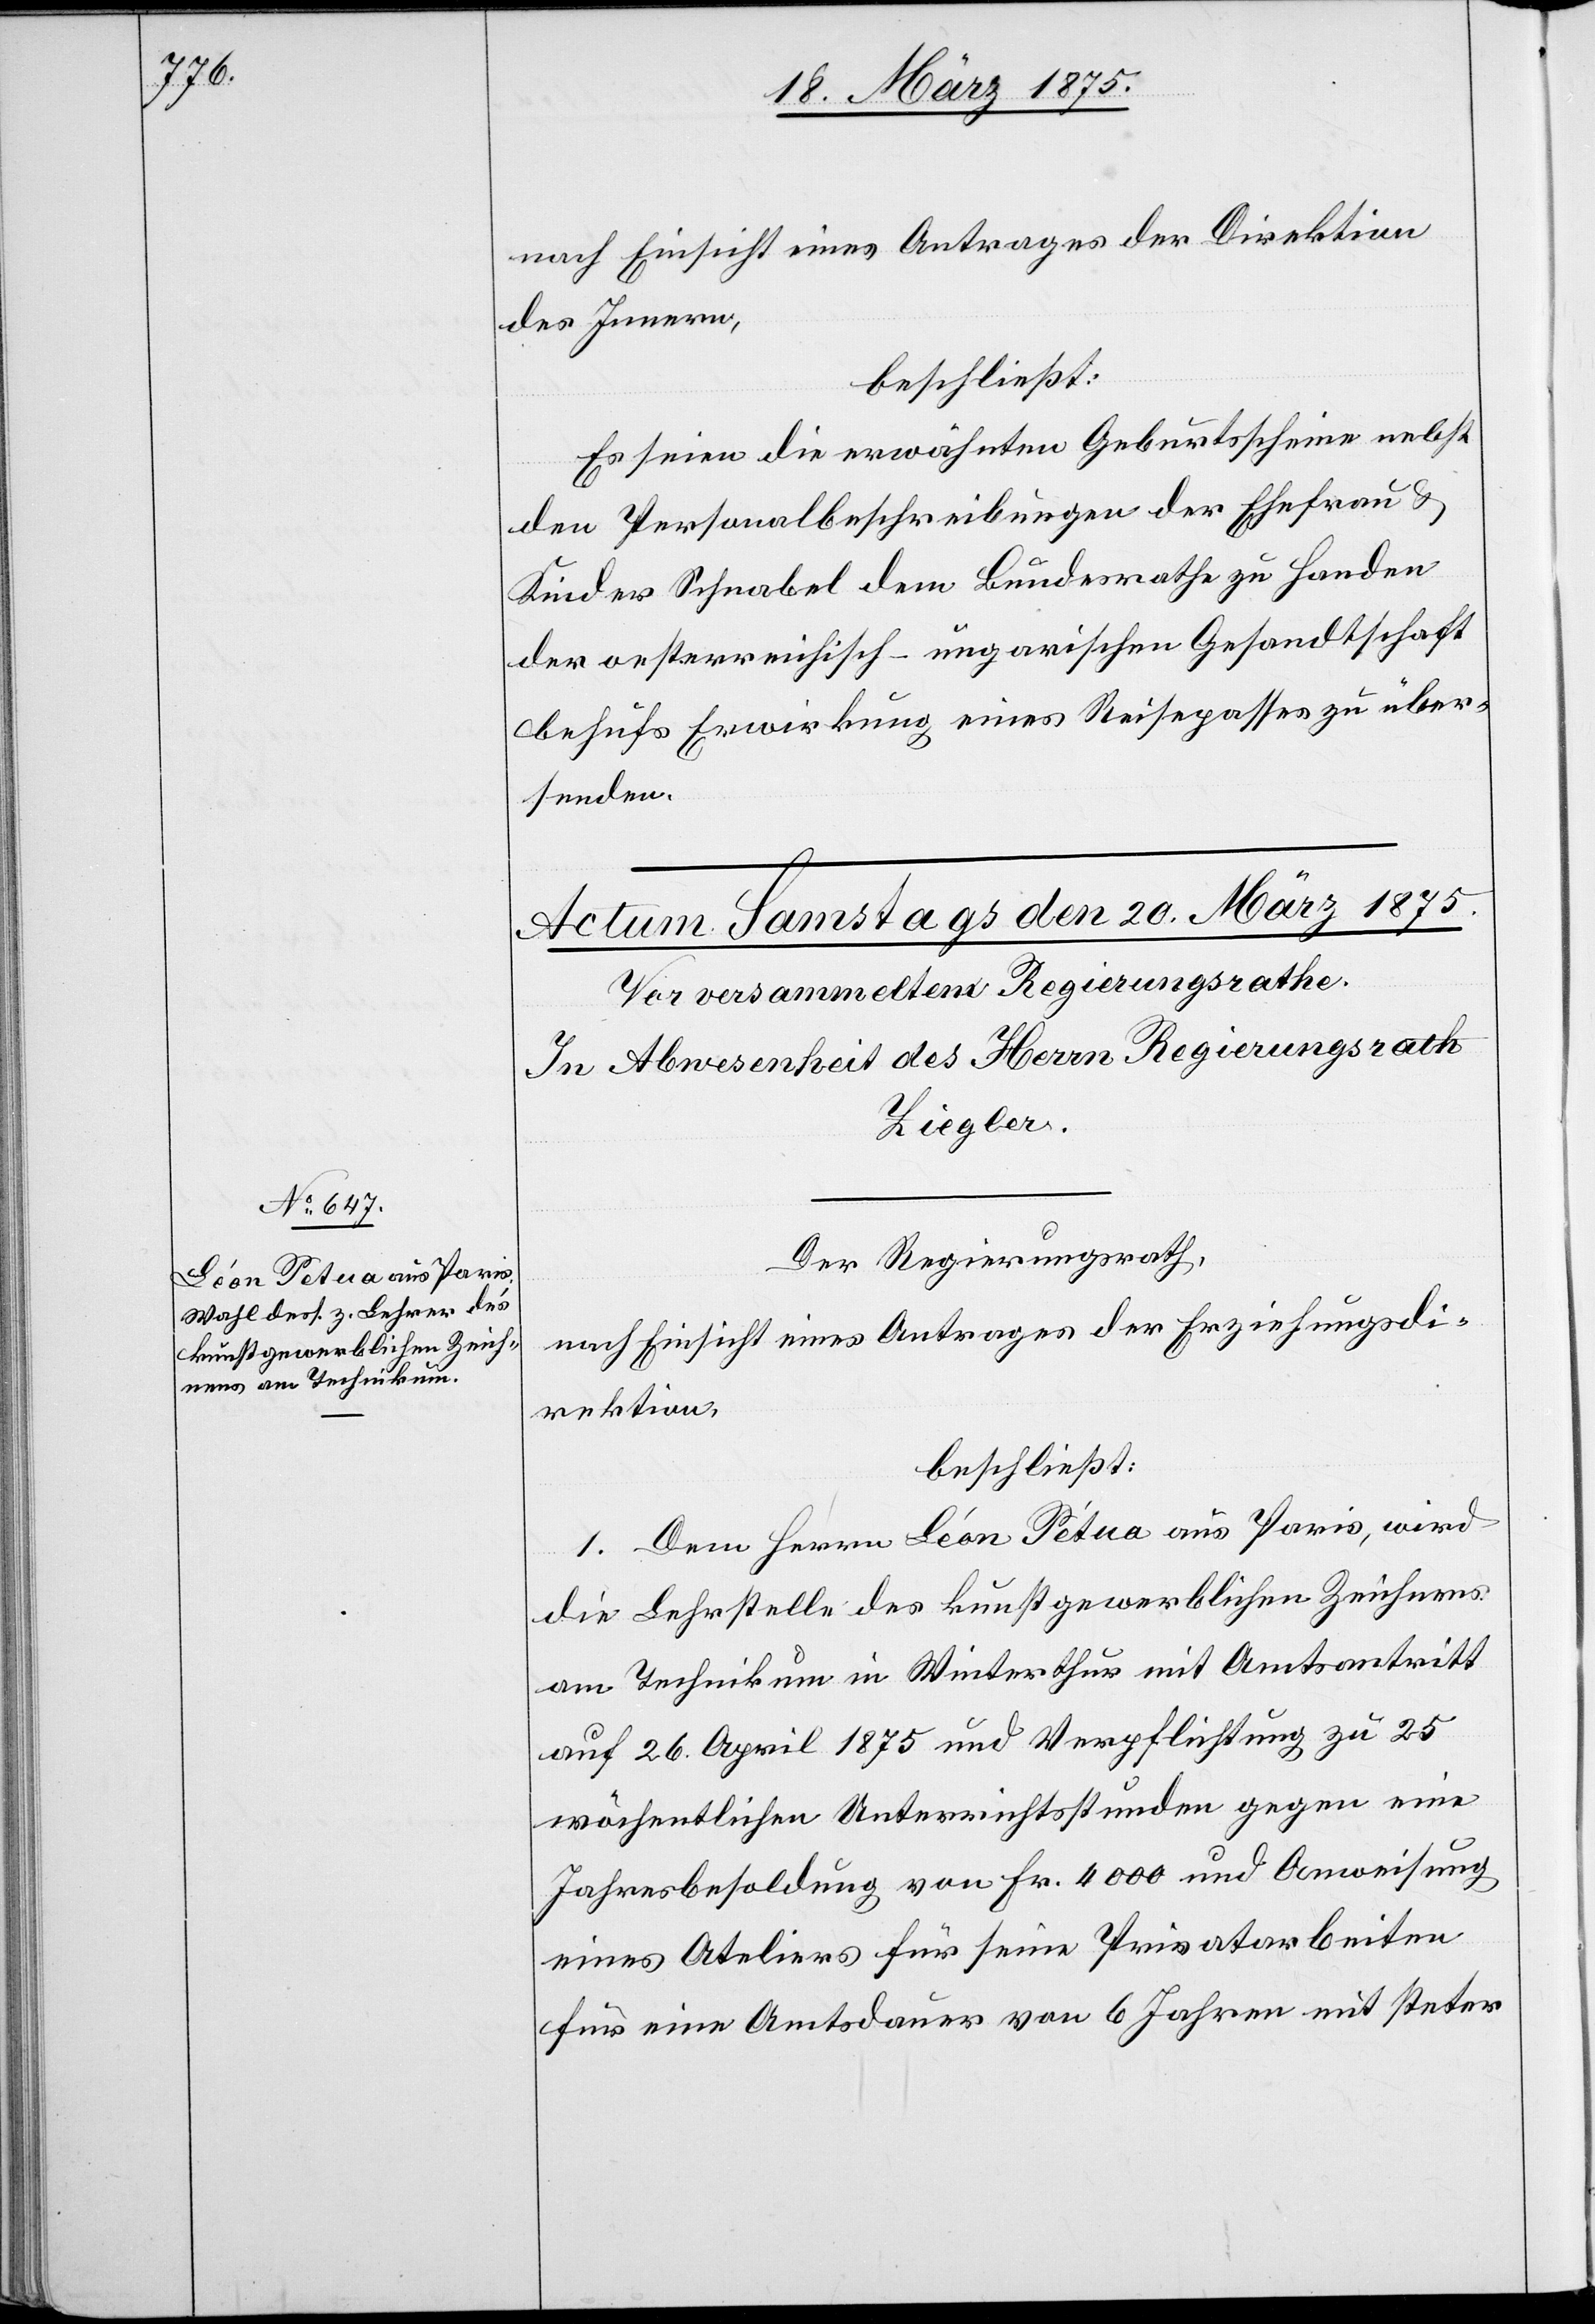
nach Einsicht eines Antrages der Direktion
des Innern,
beschließt:
Es seien die erwähnten Geburtsscheine nebst
den Personalbeschreibungen der Ehefrau &
Kinder Schnabel dem Bundesrathe zu Handen
der oesterreichisch-ungarischen Gesandtschaft
behufs Erwirkung eines Reisepasses zu über¬
senden.
Der Regierungsrath,
nach Einsicht eines Antrages der Erziehungsdi¬
rektion,
beschließt:
1. Dem Herrn Léon Pétua aus Paris, wird
die Lehrstelle des kunstgewerblichen Zeichnens
am Technikum in Winterthur mit Amtsantritt
auf 26. April 1875 und Verpflichtung zu 25
wöchentlichen Unterrichtsstunden gegen eine
Jahresbesoldung von Fr. 4000 und Anweisung
eines Ateliers für seine Privatarbeiten
für eine Amtsdauer von 6 Jahren mit steter